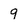
Character: 9